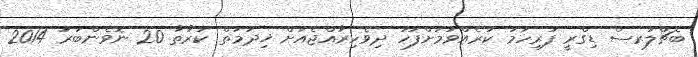
ބެޗްލަރސް ޑިގްރީ ފުރިހަމަ ކުރެއްވުމަށްފަހު ދިވެހިރާއްޖެއަށް ޚިދުމަތް ކުރާތާ 20 ނޮވެންބަރު 2014